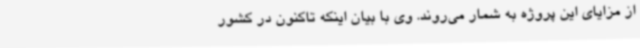
از مزایای این پروژه به شمار می‌روند. وی با بیان اینکه تاکنون در کشور